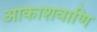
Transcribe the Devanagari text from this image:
आकाशवाणि